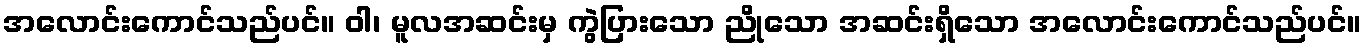
အလောင်းကောင်သည်ပင်။ ဝါ၊ မူလအဆင်းမှ ကွဲပြားသော ညိုသော အဆင်းရှိသော အလောင်းကောင်သည်ပင်။